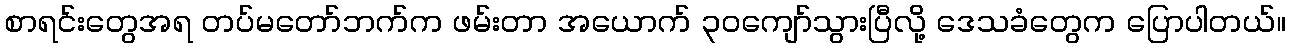
စာရင်းတွေအရ တပ်မတော်ဘက်က ဖမ်းတာ အယောက် ၃ဝကျော်သွားပြီလို့ ဒေသခံတွေက ပြောပါတယ်။